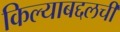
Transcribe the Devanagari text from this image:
किल्याबद्दलची